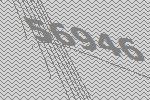
56946